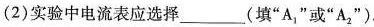
(2)实验中电流表应选择___(填”A_{1}”或”A_{2}”)。